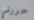
حررني